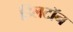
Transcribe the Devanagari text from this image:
हिलटॉन